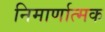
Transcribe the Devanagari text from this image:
निमार्णात्मक